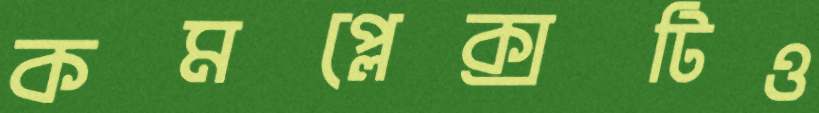
কমপ্লেক্সটিও